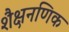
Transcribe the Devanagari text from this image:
शैक्षनणिक